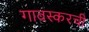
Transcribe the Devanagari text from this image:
गावस्करची